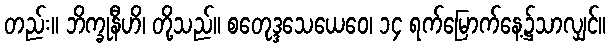
တည်း။ ဘိက္ခုနီဟိ၊ တို့သည်။ စတေုဒ္ဒသေယေဝေ၊ ၁၄ ရက်မြောက်နေ့၌သာလျှင်။